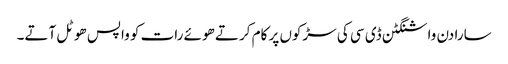
سارا دن واشنگٹن ڈی سی کی سڑکوں پر کام کرتے ھوئے رات کو واپس ھوٹل آتے۔